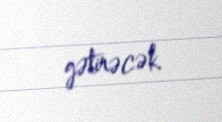
gətirəcək.